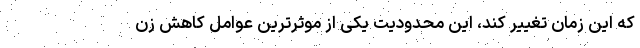
که این زمان تغییر کند، این محدودیت یکی از موثر‌ترین عوامل کاهش زن